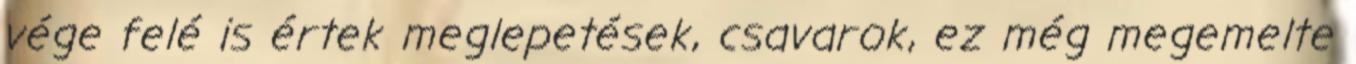
vége felé is értek meglepetések, csavarok, ez még megemelte